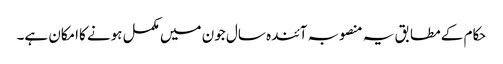
حکام کے مطابق یہ منصوبہ آئندہ سال جون میں مکمل ہونے کاامکان ہے۔